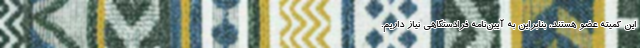
این کمیته عضو هستند، بنابراین به آیین‌نامه فرادستگاهی نیاز داریم.